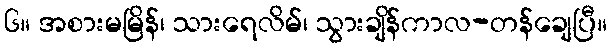
၆။ အစားမမြိန်၊ သားရေလိမ်၊ သွားချိန်ကာလ-တန်ချေပြီ။